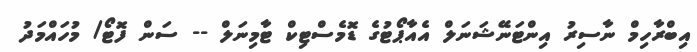
އިބްރާހިމް ނާސިރު އިންޓަނޭޝަނަލް އެއާޕޯޓުގެ ޑޮމެސްޓިކް ޓާމިނަލް -- ސަން ފޮޓޯ/ މުހައްމަދު